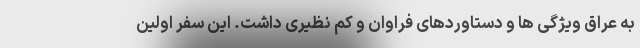
به عراق ویژگی ها و دستاوردهای فراوان و کم نظیری داشت. این سفر اولین